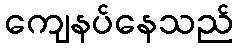
ကျေနပ်နေသည်